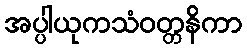
အပ္ပါယုကသံဝတ္တနိကာ